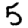
Digit: 5